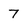
Character: 7